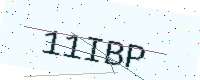
Text: 11IBP